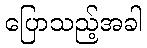
ပြောသည့်အခါ